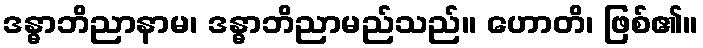
ဒန္ဓာဘိညာနာမ၊ ဒန္ဓာဘိညာမည်သည်။ ဟောတိ၊ ဖြစ်၏။